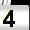
Digit: 4